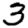
Digit: 3